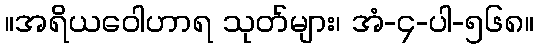
။အရိယဝေါဟာရ သုတ်များ၊ အံ-၄-ပါ-၅၆၈။